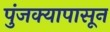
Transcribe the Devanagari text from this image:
पुंजक्यापासून